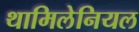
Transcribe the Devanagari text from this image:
थामिलेनियल